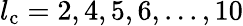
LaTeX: l_{\mathrm{c}}=2,4,5,6,...,10